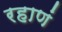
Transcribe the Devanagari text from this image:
रहाणं